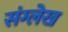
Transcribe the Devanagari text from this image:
संग्लेख